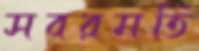
সবরমতি